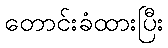
တောင်းခံထားပြီး